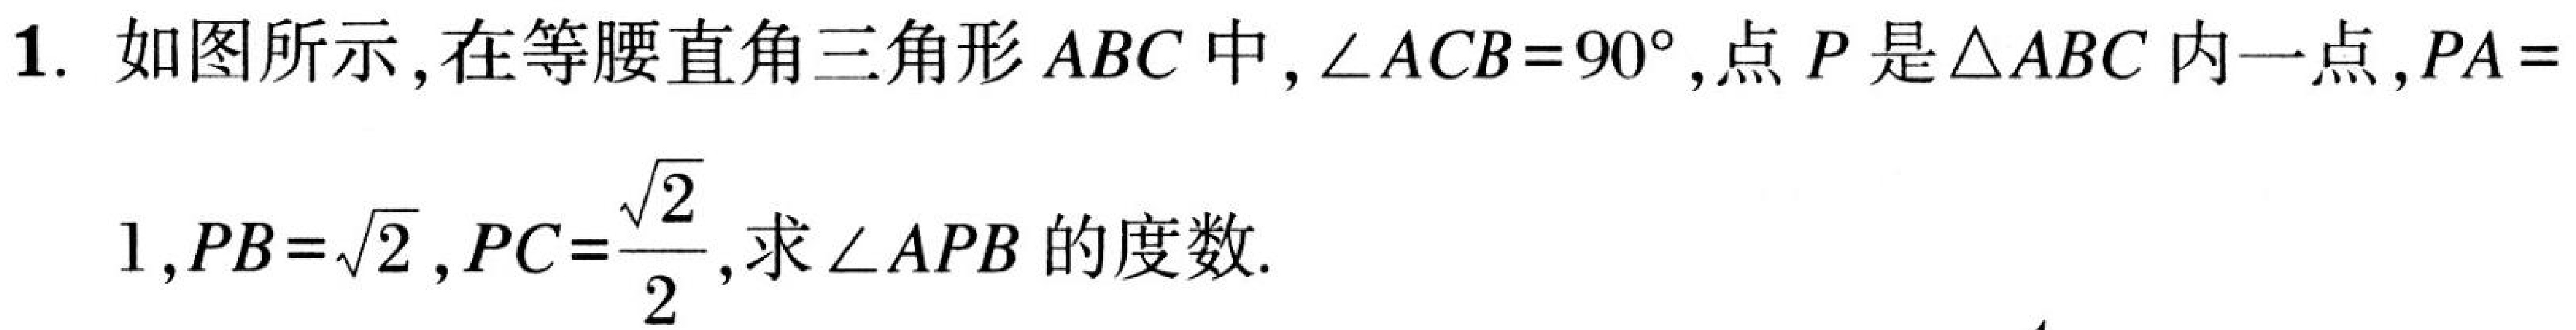
1. 如图所示，在等腰直角三角形$ABC$中，$\angle ACB = 90^{\circ}$，点$P$是$\triangle ABC$内一点，$PA = 1$，$PB = \sqrt{2}$，$PC=\frac{\sqrt{2}}{2}$，求$\angle APB$的度数.